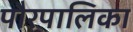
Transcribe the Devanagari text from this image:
पौरपालिका